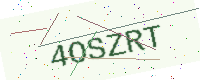
Text: 4OSZRT